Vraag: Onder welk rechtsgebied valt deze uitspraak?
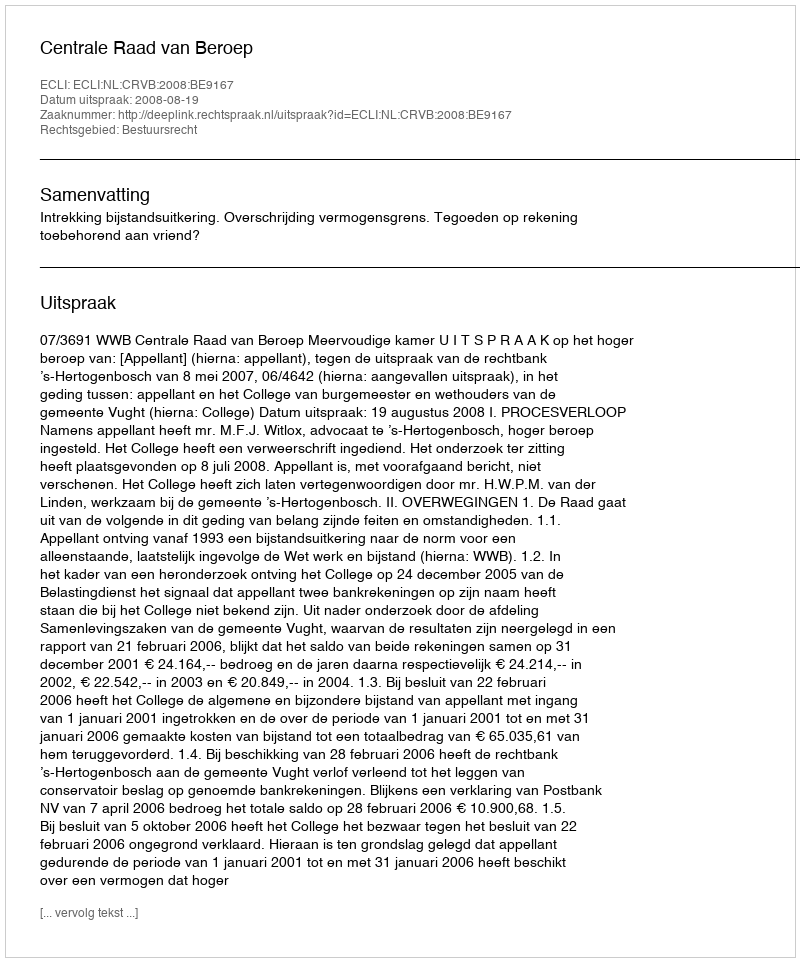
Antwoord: Bestuursrecht